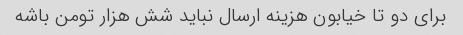
برای دو تا خیابون هزینه ارسال نباید شش هزار تومن باشه